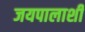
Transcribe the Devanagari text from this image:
जयपालाशी